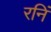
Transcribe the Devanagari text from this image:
रनिं